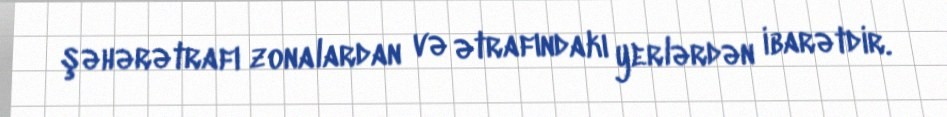
şəhərətrafı zonalardan və ətrafındakı yerlərdən ibarətdir.